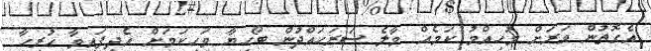
އެގޮތުން ވަރަށް މުހިއްމު ކަމެއް މާލެ ސަރަހައްދުން ބޯހިޔާ ވަހިކަމަށް އެދިފައިވާ ހުރިހާ